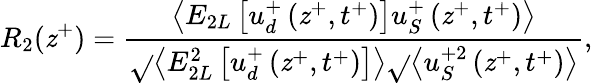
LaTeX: R_{2}(\mathit{z}^{+})=\frac{{\left<E_{2L}\left[u_{d}^{+}\left(\mathit{z}^{+},t^{+}\right)\right]u_{S}^{+}\left(\mathit{z}^{+},t^{+}\right)\right>}}{{\sqrt{}{{\left<E_{2L}^{2}\left[u_{d}^{+}\left(\mathit{z}^{+},t^{+}\right)\right]\right>}}\sqrt{}{{\left<u_{S}^{+2}\left(\mathit{z}^{+},t^{+}\right)\right>}}}},